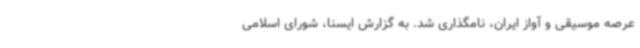
عرصه موسیقی و آواز ایران، نامگذاری شد. به گزارش ایسنا، شورای اسلامی